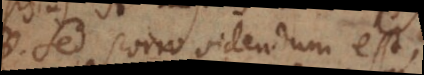
Sed porro videndum est,